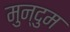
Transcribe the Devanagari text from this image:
मुन्दुम